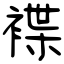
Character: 褋